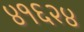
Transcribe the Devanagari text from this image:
४१६२४